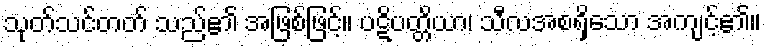
သုတ်သင်တတ် သည်၏ အဖြစ်ဖြင့်။ ပဋိပတ္တိယာ၊ သီလအစရှိသော အကျင့်၏။